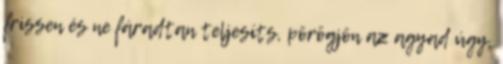
frissen és ne fáradtan teljesíts, pörögjön az agyad úgy,